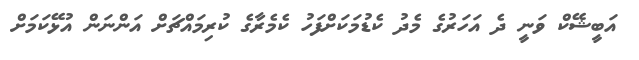
އަބީޝޭކް ވަނީ ދެ އަހަރުގެ މެދު ކެޑުމަކަށްފަހު ކެމެރާގެ ކުރިމައްޗަށް އަންނަން އުޅޭކަމަށް